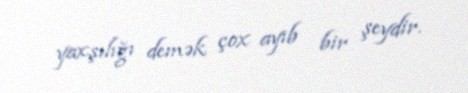
yaxşılığı demək çox ayıb bir şeydir.